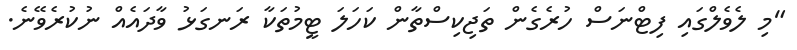
"މި ލެވެލްގައި ފިޓްނަސް ހުރެގެން ތަޖިކިސްތާން ކަހަލަ ޓީމުތަކާ ރަނގަޅު ވާދައެއް ނުކުރެވޭނެ.